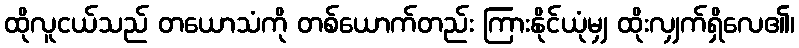
ထိုလူငယ်သည် တယောသံကို တစ်ယောက်တည်း ကြားနိုင်ယုံမျှ ထိုးလျှက်ရှိလေ၏၊